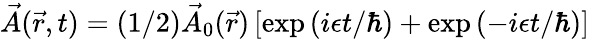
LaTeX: \vec{A}(\vec{r},t)=(1/2)\vec{A}_{0}(\vec{r})\left[\exp\left(i\epsilon t/\hbar\right)+\exp\left(-i\epsilon t/\hbar\right)\right]